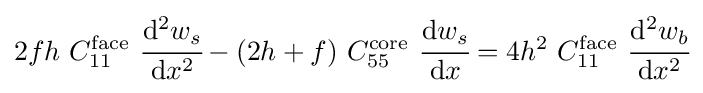
2fh~C_{11}^{\mathrm {face} }~{\cfrac {\mathrm {d} ^{2}w_{s}}{\mathrm {d} x^{2}}}-(2h+f)~C_{55}^{\mathrm {core} }~{\cfrac {\mathrm {d} w_{s}}{\mathrm {d} x}}=4h^{2}~C_{11}^{\mathrm {face} }~{\cfrac {\mathrm {d} ^{2}w_{b}}{\mathrm {d} x^{2}}}